Lunatic asylums Punjab 1895-1910 - 1895-1910
Year: 1895
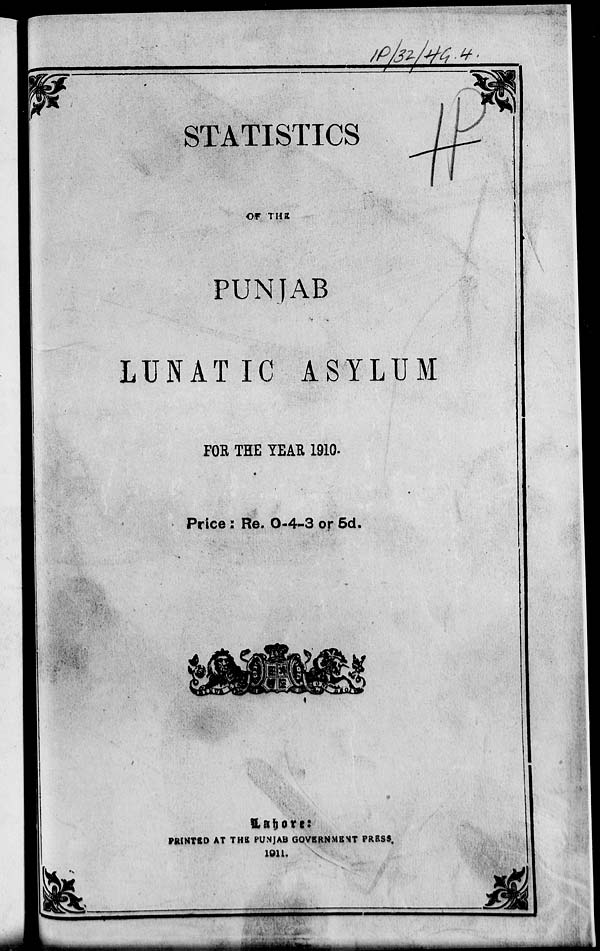
STATISTICS
OF THE
PUNJAB
LUNATIC ASYLUM
FOR THE YEAR 1910.
Price : Re. 0-4-3 or 5d.
Lahore:
PRINTED AT THE PUNJAB GOVERNMENT PRESS,
1911.